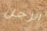
الرجل